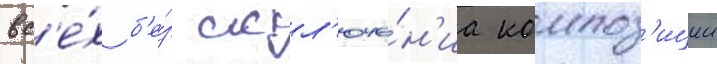
вс'е́х б'е́з искл'юче́н'иа композ'иции